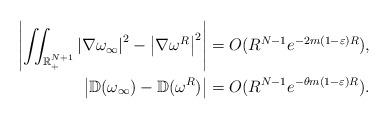
LaTeX: \begin{align*}\left\vert\iint_{\mathbb{R}^{N+1}_+} \left\vert\nabla\omega_{\infty}\right\vert ^{2}-\left\vert\nabla\omega^{R}\right\vert ^{2}\right\vert & =O(R^{N-1}e^{-2 {m}(1-\varepsilon)R}),\\ \left\vert\mathbb{D}(\omega_{\infty})-\mathbb{D}(\omega ^{R})\right\vert &=O(R^{N-1}e^{- \theta m (1-\varepsilon)R}). \end{align*}